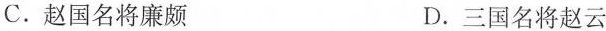
C.赵国名将廉颇 D.三国名将赵云